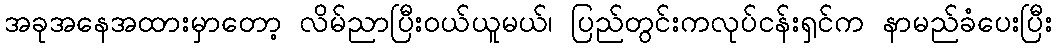
အခုအနေအထားမှာတော့ လိမ်ညာပြီးဝယ်ယူမယ်၊ ပြည်တွင်းကလုပ်ငန်းရှင်က နာမည်ခံပေးပြီး